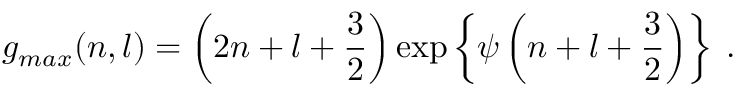
g _ { m a x } ( n , l ) = \left( 2 n + l + \frac { 3 } { 2 } \right) \exp \left\{ \psi \left( n + l + \frac { 3 } { 2 } \right) \right\} \; .